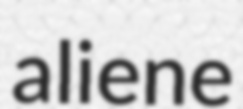
aliene